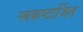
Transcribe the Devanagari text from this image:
स्वकष्टार्जित